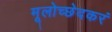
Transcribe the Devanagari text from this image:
मूलोच्छेदकरं